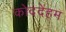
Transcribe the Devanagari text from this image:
कोददेंहम